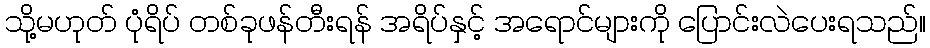
သို့မဟုတ် ပုံရိပ် တစ်ခုဖန်တီးရန် အရိပ်နှင့် အရောင်များကို ပြောင်းလဲပေးရသည်။